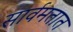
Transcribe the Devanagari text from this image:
सार्वमतात